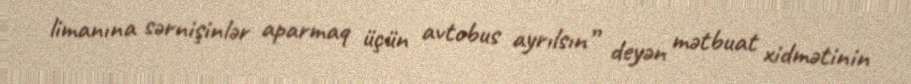
limanına sərnişinlər aparmaq üçün avtobus ayrılsın” deyən mətbuat xidmətinin